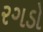
રગડો